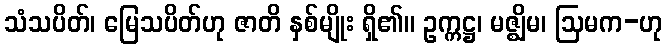
သံသပိတ်၊ မြေသပိတ်ဟု ဇာတိ နှစ်မျိုး ရှိ၏။ ဥက္ကဋ္ဌ၊ မဇ္ဈိမ၊ ဩမက-ဟု